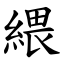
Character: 䋿